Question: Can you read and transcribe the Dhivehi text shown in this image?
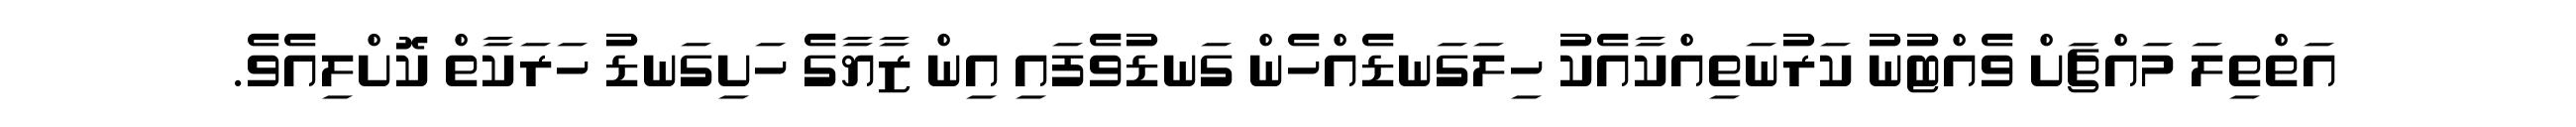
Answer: އަތްތިލަ މައްޗަށް ވެއްޓުނު ކަރުނަތިއްކާއެކު ހިލަގަނޑެއްހެން ގަނޑުވެފައި އިން ޒާޔާގެ ހަށިގަނޑު ހަރަކާތް ކޮށްލިއެވެ.